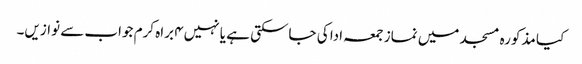
کیا مذکورہ مسجد میں نماز جمعہ ادا کی جاسکتی ہے یا نہیں۴ براہ کرم جواب سے نوازیں۔